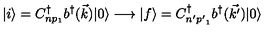
| i \rangle = C _ { n p _ { 1 } } ^ { \dag } b ^ { \dag } ( \vec { k } ) | 0 \rangle \longrightarrow | f \rangle = C _ { n ^ { \prime } { p ^ { \prime } } _ { 1 } } ^ { \dag } b ^ { \dag } ( \vec { k ^ { \prime } } ) | 0 \rangle